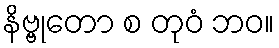
နိဗ္ဗုတော စ တုဝံ ဘဝ။